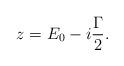
LaTeX: \begin{align*} z=E_{0}-i\frac{\Gamma}{2}.\end{align*}